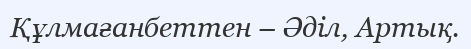
Құлмағанбеттен – Әділ, Артық.